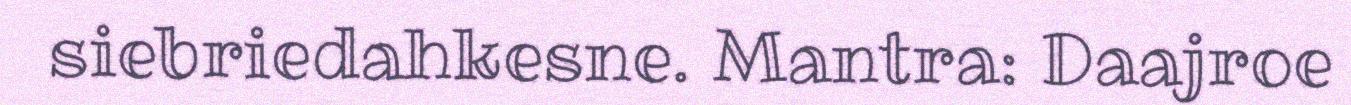
siebriedahkesne. Mantra: Daajroe